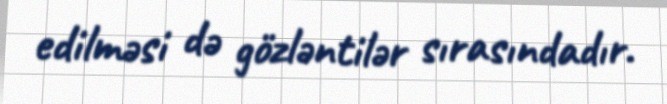
edilməsi də gözləntilər sırasındadır.